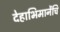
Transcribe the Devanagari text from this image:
देहाभिमानेंचि